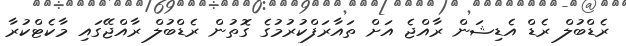
ރެޑްބުލް ރެޑް އެޑިޝަން ރާއްޖެ އަށް ތައާރަފްކުރުމުގެ ގޮތުން ރެޑްބުލް ރާއްޖޭގައި މާކެޓްކުރާ